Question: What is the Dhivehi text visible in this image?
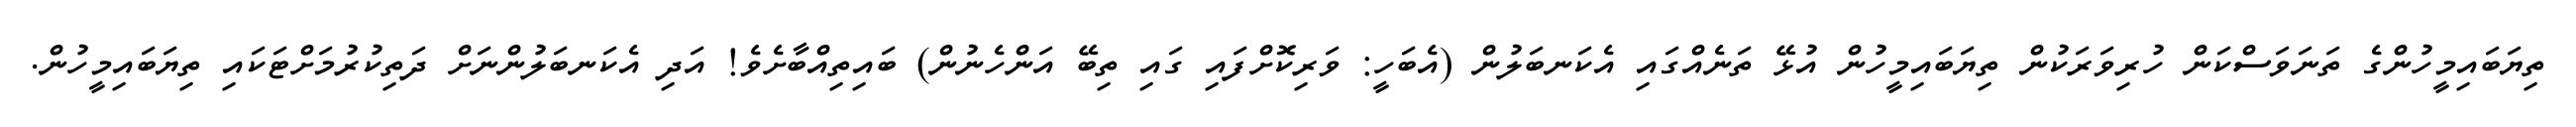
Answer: ތިޔަބައިމީހުންގެ ތަނަވަސްކަން ހުރިވަރަކުން ތިޔަބައިމީހުން އުޅޭ ތަނެއްގައި އެކަނބަލުން (އެބަހީ: ވަރިކޮށްފައި ގައި ތިބޭ އަންހެނުން) ބައިތިއްބާށެވެ! އަދި އެކަނބަލުންނަށް ދަތިކުރުމަށްޓަކައި ތިޔަބައިމީހުން.